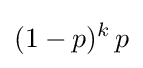
(1-p)^{k}\,p